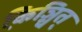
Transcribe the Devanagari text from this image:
कि़ञ्चित्